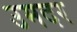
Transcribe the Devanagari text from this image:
उमदर